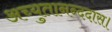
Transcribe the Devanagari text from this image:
अच्युतानन्ददास।